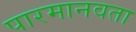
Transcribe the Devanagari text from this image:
पारमानवता